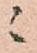
ニ